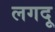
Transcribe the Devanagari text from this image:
लगदू